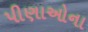
પીણાઓના